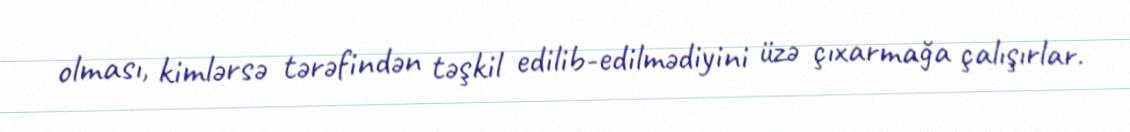
olması, kimlərsə tərəfindən təşkil edilib-edilmədiyini üzə çıxarmağa çalışırlar.